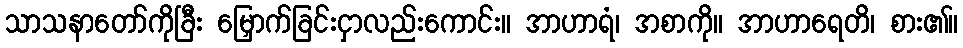
သာသနာတော်ကိုခြီး မြှောက်ခြင်းငှာလည်းကောင်း။ အာဟာရံ၊ အစာကို။ အာဟာရေတိ၊ စား၏။